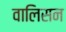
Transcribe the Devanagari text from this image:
वालिसन